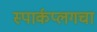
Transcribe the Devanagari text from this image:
स्पार्कप्लगचा